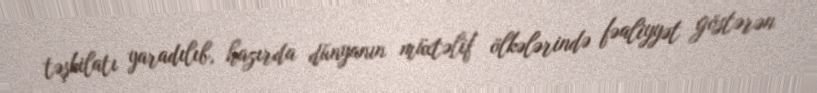
təşkilatı yaradılıb, hazırda dünyanın müxtəlif ölkələrində fəaliyyət göstərən